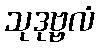
သုဒုဗ္ဗလံ